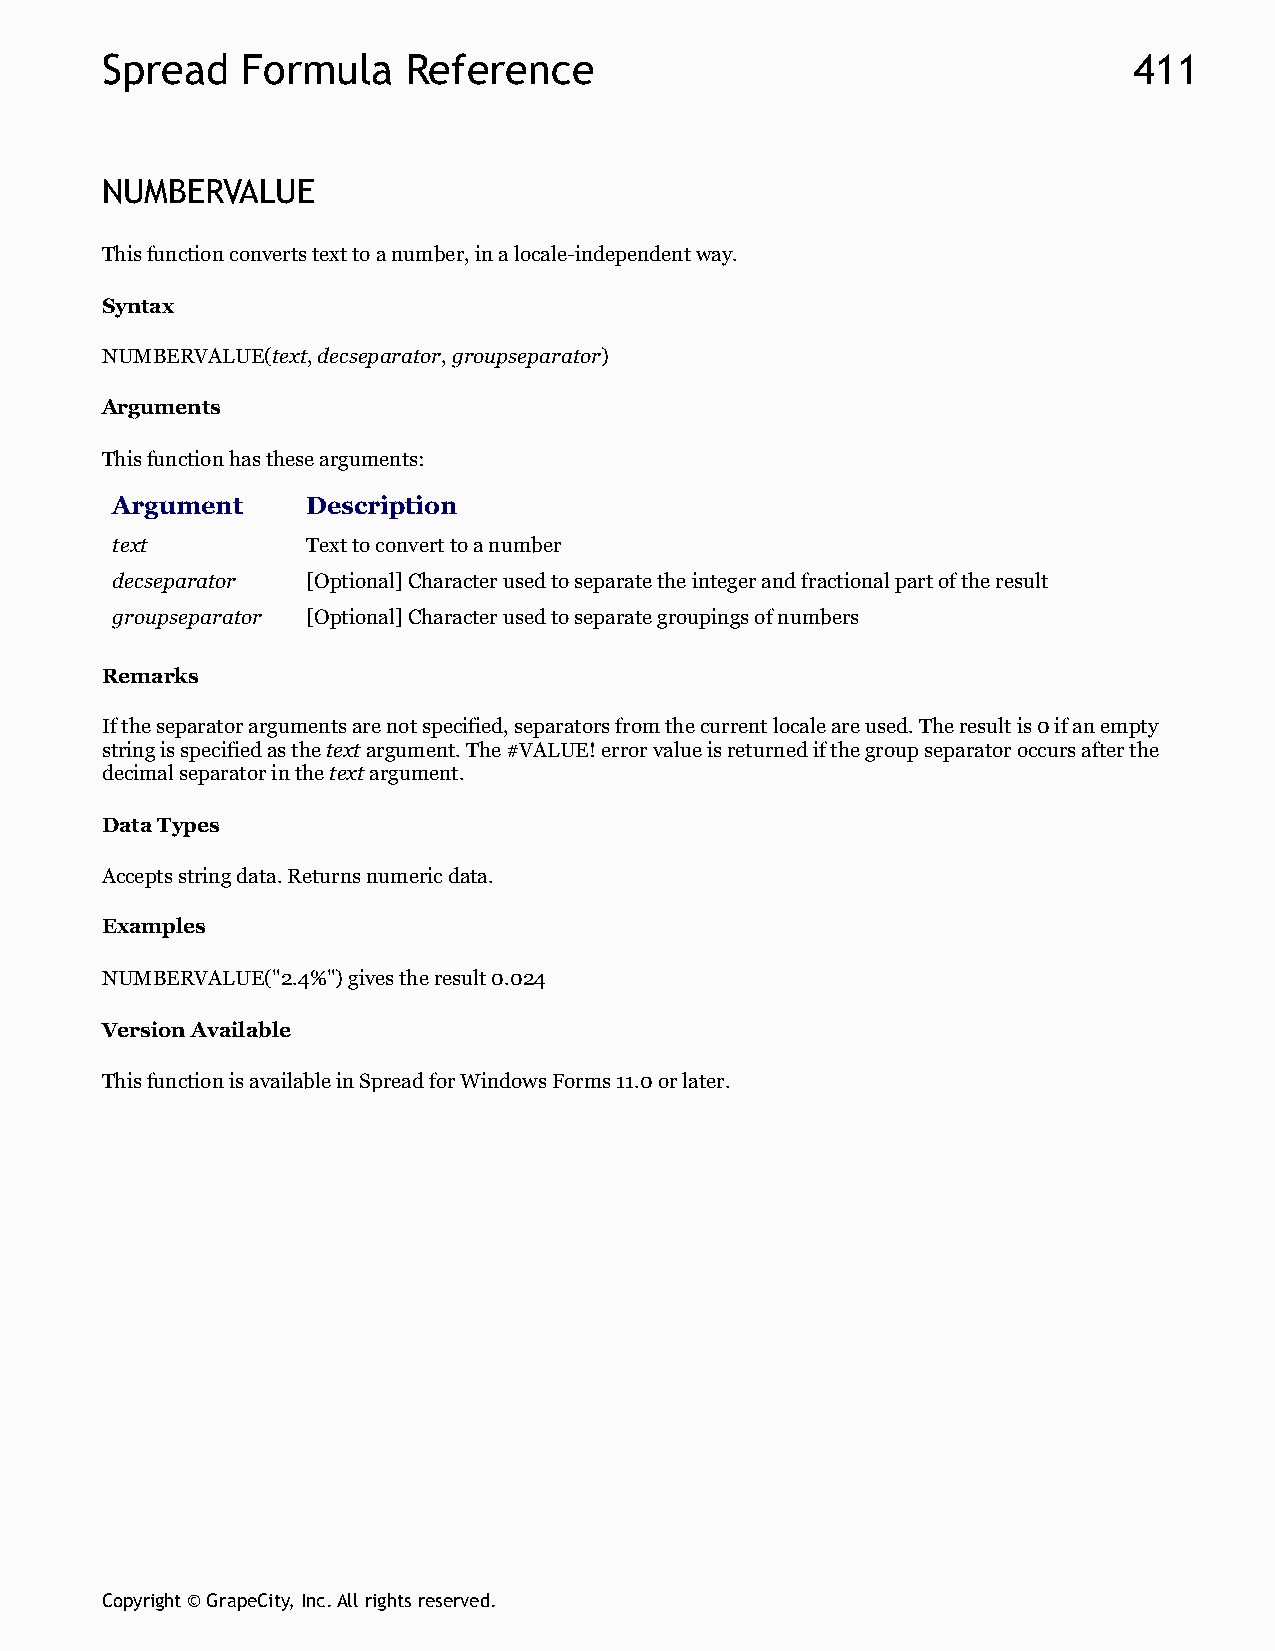
Spread   Formula    Reference                                       411
 NUMBERVALUE
 This function converts text to a number, in a locale-independent way.
 Syntax
 NUMBERVALUE(text, decseparator, groupseparator)
 Arguments
 This function has these arguments:
 Argument     Description
 text         Text to convert to a number
 decseparator [Optional] Character used to separate the integer and fractional part of the result
 groupseparator [Optional] Character used to separate groupings of numbers
 Remarks
 If the separator arguments are not specified, separators from the current locale are used. The result is 0 if an empty
 string is specified as the text argument. The #VALUE! error value is returned if the group separator occurs after the
 decimal separator in the text argument.
 Data Types
 Accepts string data. Returns numeric data.
 Examples
 NUMBERVALUE("2.4%") gives the result 0.024
 Version Available
 This function is available in Spread for Windows Forms 11.0 or later.
 Copyright © GrapeCity, Inc. All rights reserved.